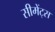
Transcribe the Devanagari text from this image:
सीमेंट्स